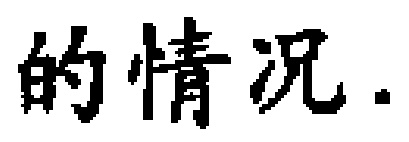
的情况.